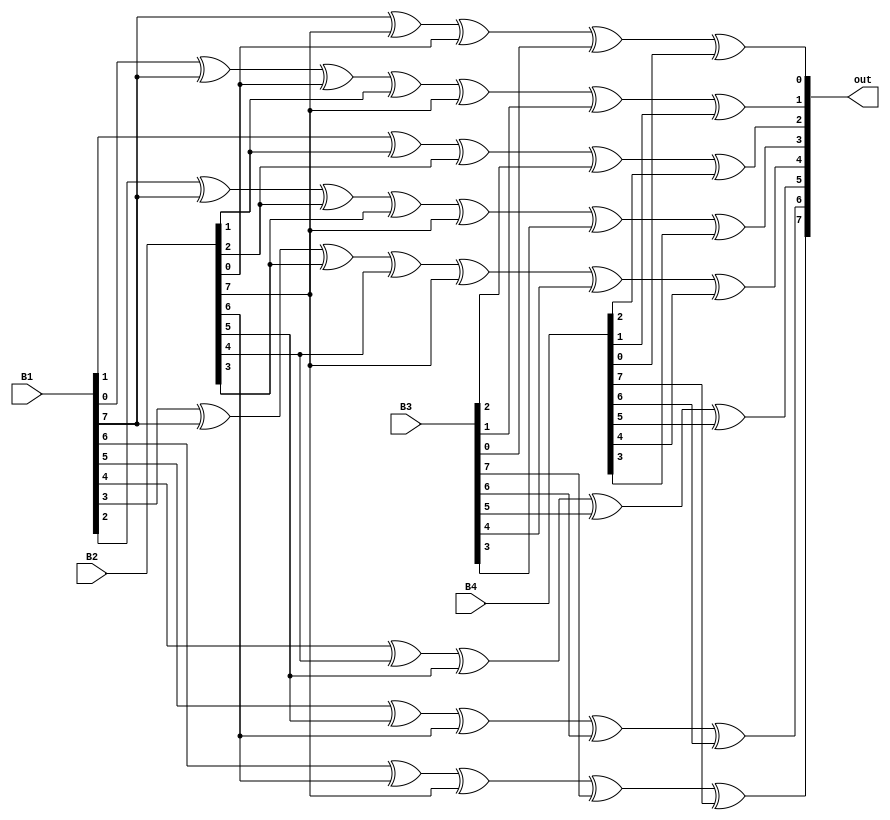
module mulRedux(B1,B2,B3,B4,out);
input [7:0] B1,B2,B3,B4;
output [7:0] out;

assign out[7]=B1[6] ^ B2[6] ^ B2[7] ^ B3[7] ^ B4[7];
assign out[6]=B1[5] ^ B2[5] ^ B2[6] ^ B3[6] ^ B4[6];
assign out[5]=B1[4] ^ B2[4] ^ B2[5] ^ B3[5] ^ B4[5];
assign out[4]=B1[3] ^ B1[7] ^ B2[3] ^ B2[4] ^ B2[7] ^ B3[4] ^ B4[4];
assign out[3]=B1[2] ^ B1[7] ^ B2[2] ^ B2[3] ^ B2[7] ^ B3[3] ^ B4[3];
assign out[2]=B1[1] ^ B2[1] ^ B2[2] ^ B3[2] ^ B4[2];
assign out[1]=B1[0] ^ B1[7] ^ B2[0] ^ B2[1] ^ B2[7] ^ B3[1] ^ B4[1];
assign out[0]=B1[7] ^ B2[7] ^ B2[0] ^ B3[0] ^ B4[0];

endmodule